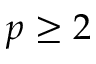
p \ge 2